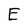
Character: E